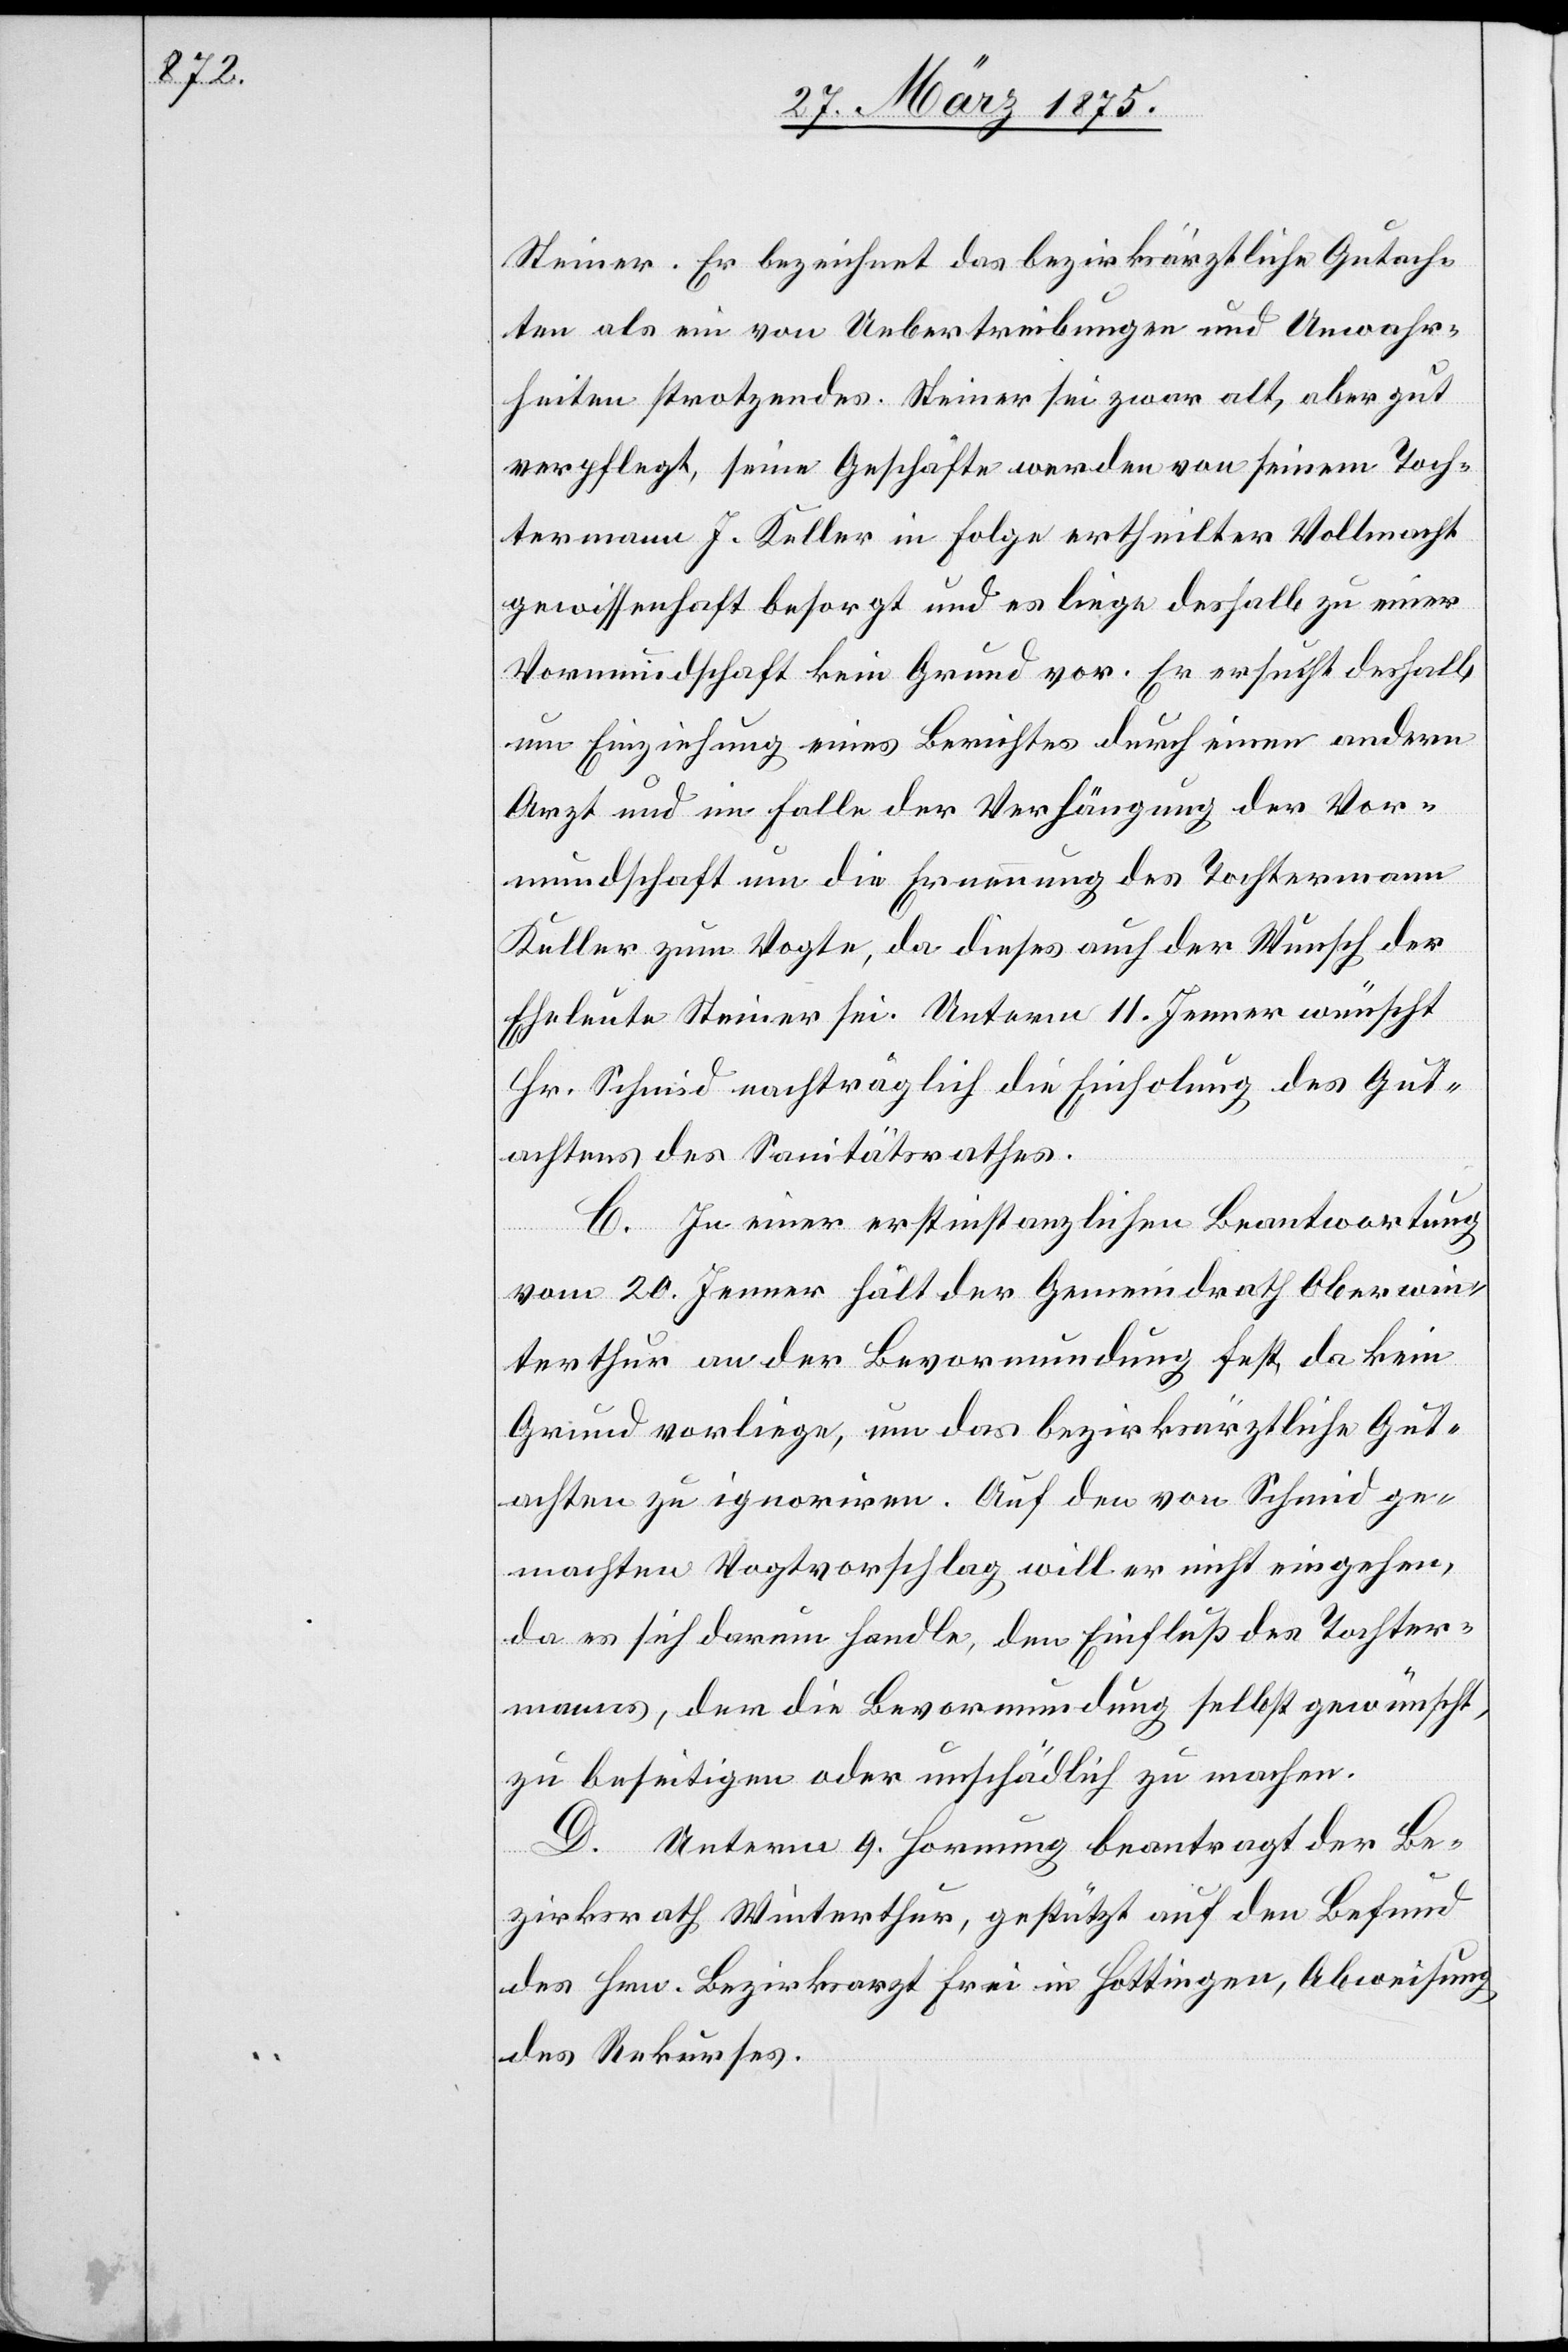
Steiner. Er bezeichnet das bezirksräthliche Gutach¬
ten als ein von Uebertreibungen und Unwahr¬
heiten strotzendes. Steiner sei zwar alt, aber gut
verpflegt, seine Geschäfte werden von seinem Toch¬
termann J. Keller in Folge ertheilter Vollmacht
gewissenhaft besorgt und es liege deshalb zu einer
Vormundschaft kein Grund vor. Er ersucht deshalb
um Einziehung eines Berichtes durch einen andern
Arzt und im Falle der Verhängung der Vor¬
mundschaft um die Ernennung des Tochtermann
Keller zum Vogte, da dieses auch der Wunsch der
Eheleute Steiner sei. Unterm 11. Jenner wünscht
Hr. Schmid nachträglich die Einholung des Gut¬
achtens des Sanitätsrathes.
C. In einer erstinstanzlichen Beantwortung
vom 20. Jenner hält der Gemeindrath Oberwin¬
terthur an der Bevormundung fest, da kein
Grund vorliege, um das bezirksräthliche Gut¬
achten zu ignoriren. Auf den von Schmid ge¬
machten Vogtvorschlag will er nicht eingehen,
da es sich darum handle, den Einschluß des Tochter¬
mannes, der die Bevormundung selbst gewünscht,
zu beseitigen oder unschädlich zu machen.
D. Unterm 9. Hornung beantragt der Be¬
zirksrath Winterthur gestützt auf den Befund
des Hrn. Bezirksarzt Frei in Hottingen, Abweisung
des Rekurses.